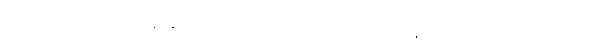
ကိုလည်းကောင်း။ သဝနာနုတ္တရိယံ၊ ကိုလည်းကောင်း။ လာဘာ၊ နုတ္တရိယံ၊ ကိုလည်းကောင်း။